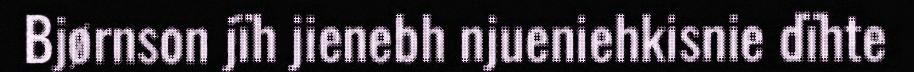
Bjørnson jïh jienebh njueniehkisnie dïhte